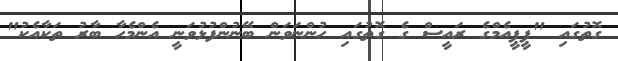
ގޮތުގައި "ޕީޕީއެމްގެ ރައީސް ގެ ގޮތުގައި ހުންނަވަން ބޭނުންފުޅުވަނީ އެންމެހާ ބާރު ތަކާއެކު"